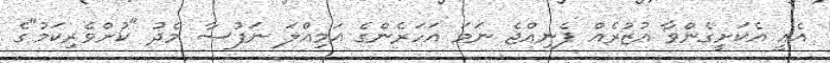
އެެއީ އެކަށީގެންވާ އުޒުރެއް ފެނިއްޖެ ނަމަ އަހަރެންގެ އަމިއްލަ ނަފުސާ މެދު "ކުށްވެރިކަމު"ގެ